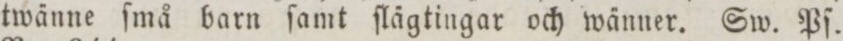
twänne ſmå barn ſamt ſlägtingar och wänner. Sw. Pſ.